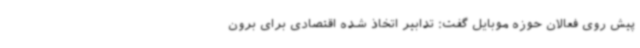
پیش روی فعالان حوزه موبایل گفت: تدابیر اتخاذ شده اقتصادی برای برون